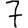
Digit: 7